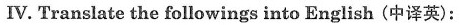
Ⅳ.Translate the followings into English(中译英)：